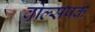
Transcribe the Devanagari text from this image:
वोल्सपर्क